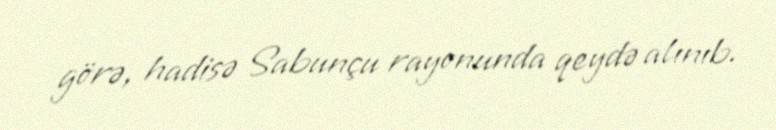
görə, hadisə Sabunçu rayonunda qeydə alınıb.